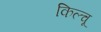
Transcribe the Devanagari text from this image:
किल्चू